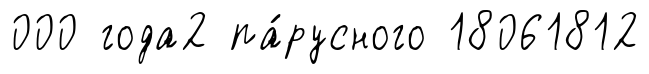
000 года2 па́русного 18061812